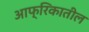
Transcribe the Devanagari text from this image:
आफ्रिकातील